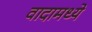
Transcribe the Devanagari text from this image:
वादामध्ये